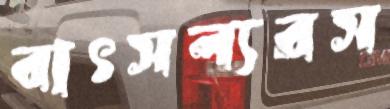
বাৎসল্যরস